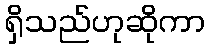
ရှိသည်ဟုဆိုကာ